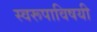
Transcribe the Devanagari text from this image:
स्वरूपाविषयी